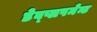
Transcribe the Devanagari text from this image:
डेव्प्लपमेन्ट